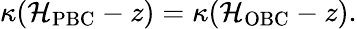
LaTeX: \kappa(\mathcal{H}_{\mathrm{{PBC}}}-z)=\kappa(\mathcal{H}_{\mathrm{{OBC}}}-z).